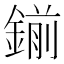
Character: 鎆